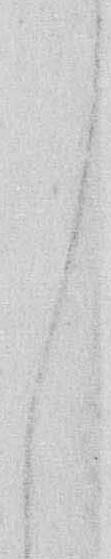
し